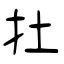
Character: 扗